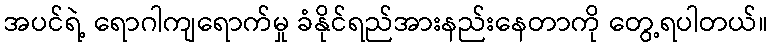
အပင်ရဲ့ ရောဂါကျရောက်မှု ခံနိုင်ရည်အားနည်းနေတာကို တွေ့ရပါတယ်။